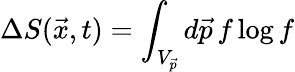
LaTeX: \Delta S(\vec{x},t)=\int_{V_{\vec{p}}}d\vec{p}\, f\log f